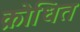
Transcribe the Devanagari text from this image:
क्रोधित